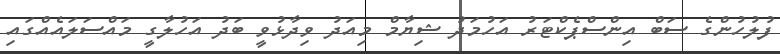
ފުލުހުންގެ ސަބް އިންސްޕެކްޓަރު އަހުމަދު ޝިޔާމް މިއަދު ވިދާޅުވީ ބަދު އަހުލާގީ މައްސަލައެއްގައި